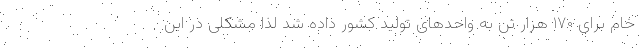
خام برای ۱۷۰ هزار تن به واحدهای تولید کشور داده شد لذا مشکلی در این